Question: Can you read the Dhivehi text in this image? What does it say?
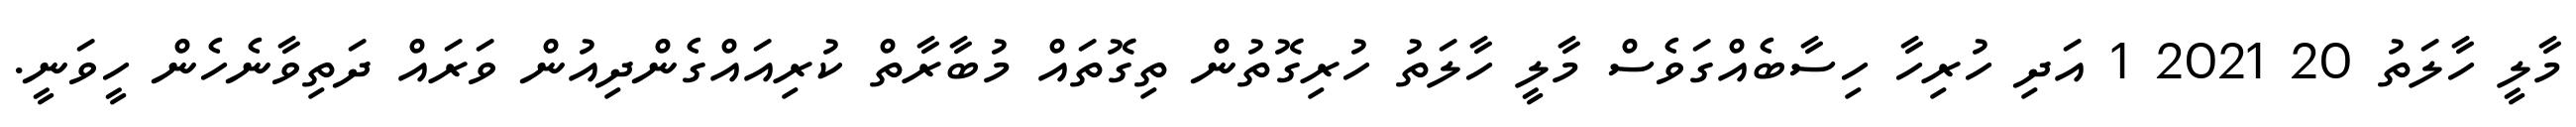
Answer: މާލީ ހާލަތު 20 2021 1 އަދި ހުރިހާ ހިސާބެއްގަވެސް މާލީ ހާލަތު ހުރިގޮތުން ތިގޮތައް މުބާރާތް ކުރިއައްގެންދިއުން ވަރައް ދަތިވާނެހެން ހީވަނީ.